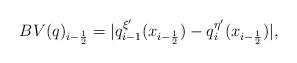
LaTeX: \begin{align*}BV (q)_{i-\frac{1}{2}} =|q^{\xi'}_{i-1}(x_{i-\frac{1}{2}})-q^{\eta'}_{i}(x_{i-\frac{1}{2}})|,\end{align*}